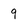
Character: 9